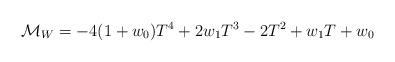
LaTeX: \begin{align*}{\cal M}_W = -4(1+w_{0})T^{4}+2w_{1}T^{3}-2T^{2}+w_{1}T+w_{0} \end{align*}